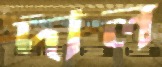
দীল